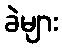
ခဲများ